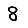
Digit: 8